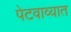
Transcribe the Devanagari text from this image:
पेटवाव्यात